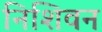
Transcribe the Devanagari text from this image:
निशिवन